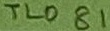
Text: TL081